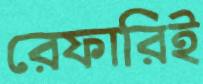
রেফারিই